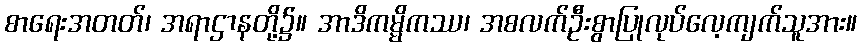
စာရေးအတတ်၊ အရာဌာနတို့၌။ အာဒိကမ္မိကဿ၊ အစလက်ဦးစွာပြုလုပ်လေ့ကျက်သူအား။